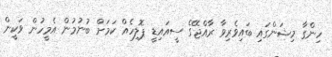
ހިންގާ މިޝަންގައި ބައިވެރިވާ ރާއްޖޭގެ ސީއައިޑީ ޕޮލިހެއް ކަމަށް ބުނުމުން އެމީހުން ވަކީން